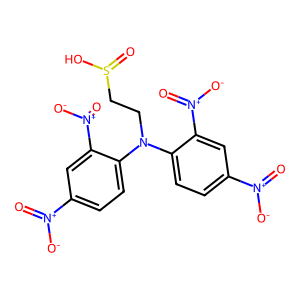
SMILES: O=[N+]([O-])c1ccc(N(CCS(=O)O)c2ccc([N+](=O)[O-])cc2[N+](=O)[O-])c([N+](=O)[O-])c1
Inhibits HIV replication: No